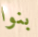
بنوا